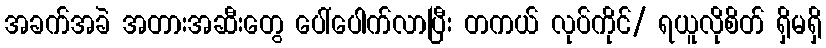
အခက်အခဲ အတားအဆီးတွေ ပေါ်ပေါက်လာပြီး တကယ် လုပ်ကိုင်/ ရယူလိုစိတ် ရှိမရှိ